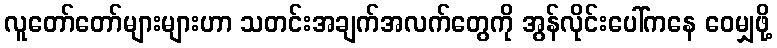
လူတော်တော်များများဟာ သတင်းအချက်အလက်တွေကို အွန်လိုင်းပေါ်ကနေ ဝေမျှဖို့